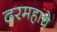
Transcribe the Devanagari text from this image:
दरमहाचे